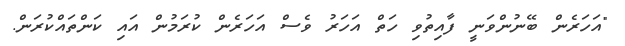
"އަހަަރެން ބޭނުންވަނީ ފާއިތުވި ހަތް އަހަރު ވެސް އަހަރެން ކުރަމުން އައި ކަންތައްކުރަން.